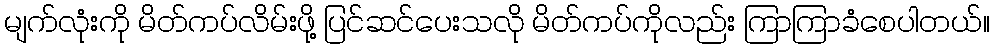
မျက်လုံးကို မိတ်ကပ်လိမ်းဖို့ ပြင်ဆင်ပေးသလို မိတ်ကပ်ကိုလည်း ကြာကြာခံစေပါတယ်။